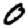
Digit: 0